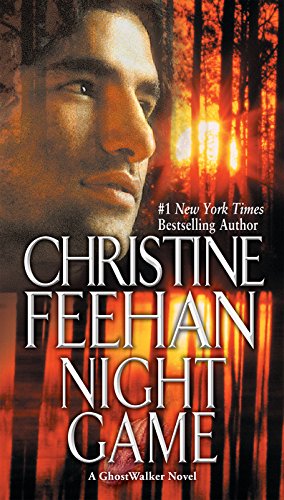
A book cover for Night Game (GhostWalkers, Book 3); Christine Feehan; Romance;